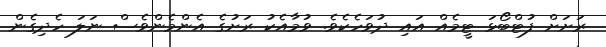
ރަށަށް ފުޓްބޯޅަ ޓީމެއް އައި ދުވަހެކެވެ. ވުމާއެކު ރަށުގެ އެންމެންވެސް ނަލަ ހެދިގެން